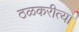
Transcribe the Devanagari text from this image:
ठळकरीत्या